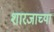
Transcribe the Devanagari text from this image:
शारजाच्या